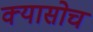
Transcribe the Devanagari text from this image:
क्यासोच